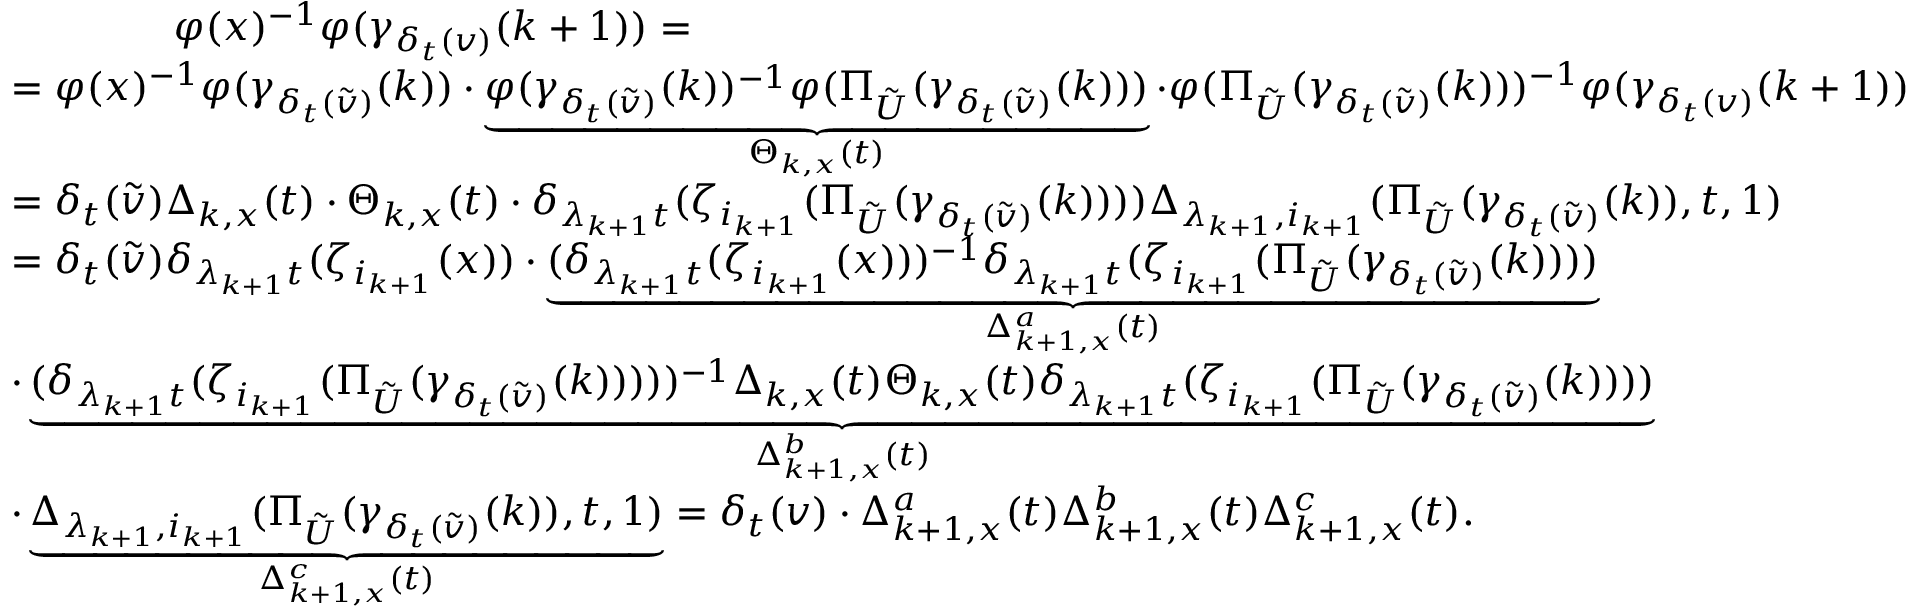
\begin{array} { r l } & { \qquad \qquad \varphi ( x ) ^ { - 1 } \varphi ( \gamma _ { \delta _ { t } ( v ) } ( k + 1 ) ) = } \\ & { = \varphi ( x ) ^ { - 1 } \varphi ( \gamma _ { \delta _ { t } ( \tilde { v } ) } ( k ) ) \cdot \underbrace { \varphi ( \gamma _ { \delta _ { t } ( \tilde { v } ) } ( k ) ) ^ { - 1 } \varphi ( \Pi _ { { \tilde { U } } } ( \gamma _ { \delta _ { t } ( \tilde { v } ) } ( k ) ) ) } _ { \Theta _ { k , x } ( t ) } \cdot \varphi ( \Pi _ { { \tilde { U } } } ( \gamma _ { \delta _ { t } ( \tilde { v } ) } ( k ) ) ) ^ { - 1 } \varphi ( \gamma _ { \delta _ { t } ( v ) } ( k + 1 ) ) } \\ & { = \delta _ { t } ( \tilde { v } ) \Delta _ { k , x } ( t ) \cdot \Theta _ { k , x } ( t ) \cdot \delta _ { \lambda _ { k + 1 } t } ( \zeta _ { i _ { k + 1 } } ( \Pi _ { { \tilde { U } } } ( \gamma _ { \delta _ { t } ( \tilde { v } ) } ( k ) ) ) ) \Delta _ { \lambda _ { k + 1 } , i _ { k + 1 } } ( \Pi _ { { \tilde { U } } } ( \gamma _ { \delta _ { t } ( \tilde { v } ) } ( k ) ) , t , 1 ) } \\ & { = \delta _ { t } ( \tilde { v } ) \delta _ { \lambda _ { k + 1 } t } ( \zeta _ { i _ { k + 1 } } ( x ) ) \cdot \underbrace { ( \delta _ { \lambda _ { k + 1 } t } ( \zeta _ { i _ { k + 1 } } ( x ) ) ) ^ { - 1 } \delta _ { \lambda _ { k + 1 } t } ( \zeta _ { i _ { k + 1 } } ( \Pi _ { { \tilde { U } } } ( \gamma _ { \delta _ { t } ( \tilde { v } ) } ( k ) ) ) ) } _ { \Delta _ { k + 1 , x } ^ { a } ( t ) } } \\ & { \cdot \underbrace { ( \delta _ { \lambda _ { k + 1 } t } ( \zeta _ { i _ { k + 1 } } ( \Pi _ { { \tilde { U } } } ( \gamma _ { \delta _ { t } ( \tilde { v } ) } ( k ) ) ) ) ) ^ { - 1 } \Delta _ { k , x } ( t ) \Theta _ { k , x } ( t ) \delta _ { \lambda _ { k + 1 } t } ( \zeta _ { i _ { k + 1 } } ( \Pi _ { { \tilde { U } } } ( \gamma _ { \delta _ { t } ( \tilde { v } ) } ( k ) ) ) ) } _ { \Delta _ { k + 1 , x } ^ { b } ( t ) } } \\ & { \cdot \underbrace { \Delta _ { \lambda _ { k + 1 } , i _ { k + 1 } } ( \Pi _ { { \tilde { U } } } ( \gamma _ { \delta _ { t } ( \tilde { v } ) } ( k ) ) , t , 1 ) } _ { \Delta _ { k + 1 , x } ^ { c } ( t ) } = \delta _ { t } ( v ) \cdot \Delta _ { k + 1 , x } ^ { a } ( t ) \Delta _ { k + 1 , x } ^ { b } ( t ) \Delta _ { k + 1 , x } ^ { c } ( t ) . } \end{array}